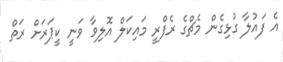
އެ ފައުލާ ގުޅިގެން މެޗްގެ ރެފްރީ މައިކަލް އޮލިވާ ވަނީ ކީޕަރަށް ރަތް